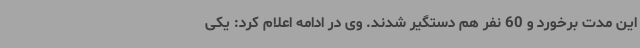
این مدت برخورد و 60 نفر هم دستگیر شدند. وی در ادامه اعلام کرد: یکی